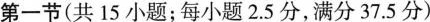
第一节(共15小题;每小题2.5分，满分37.5分)